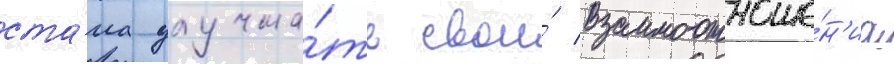
ста́ла улучша́ть свои́ взаимоотноше́н'иа